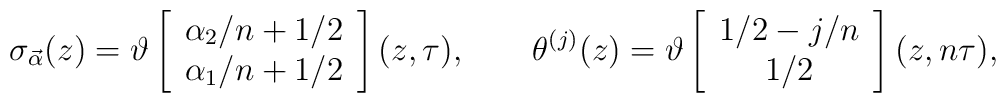
\sigma_{\vec{\alpha }}(z)=\vartheta\left[\begin{array}{c} \alpha _2 /n +1/2 \\ \alpha _1 /n+1/2\end{array} \right](z,\tau ), ~~~~~~\theta^{(j)}(z)=\vartheta\left[\begin{array}{c} 1/2 - j/n \\ 1/2 \end{array}\right](z,n\tau ),